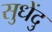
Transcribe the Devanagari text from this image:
सुधेंदु